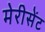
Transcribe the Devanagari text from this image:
मेरीसेंट